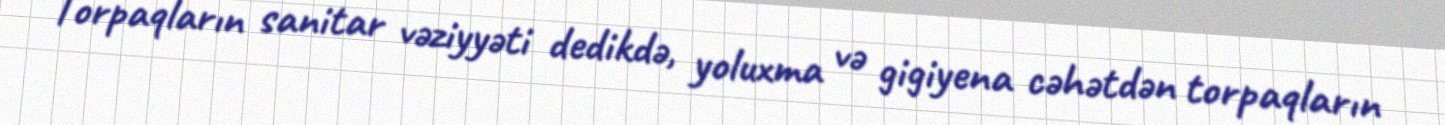
Torpaqların sanitar vəziyyəti dedikdə, yoluxma və gigiyena cəhətdən torpaqların